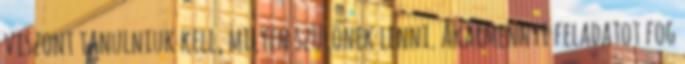
viszont tanulniuk kell, milyen szülőnek lenni. Akármennyi feladatot fog